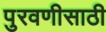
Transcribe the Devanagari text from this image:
पुरवणीसाठी